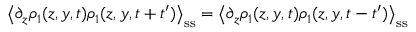
\left\langle \partial _ { z } \rho _ { 1 } ( z , y , t ) \rho _ { 1 } ( z , y , t + t ^ { \prime } ) \right\rangle _ { \mathrm { s s } } = \left\langle \partial _ { z } \rho _ { 1 } ( z , y , t ) \rho _ { 1 } ( z , y , t - t ^ { \prime } ) \right\rangle _ { \mathrm { s s } }